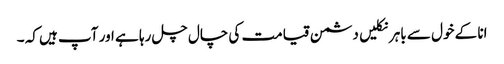
انا کے خول سے باہر نکلیں دشمن قیامت کی چال چل رہا ہے اور آپ ہیں کہ ۔